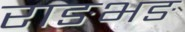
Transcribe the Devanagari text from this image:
राङभङ